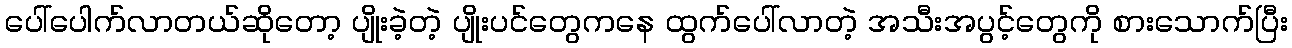
ပေါ်ပေါက်လာတယ်ဆိုတော့ ပျိုးခဲ့တဲ့ ပျိုးပင်တွေကနေ ထွက်ပေါ်လာတဲ့ အသီးအပွင့်တွေကို စားသောက်ပြီး